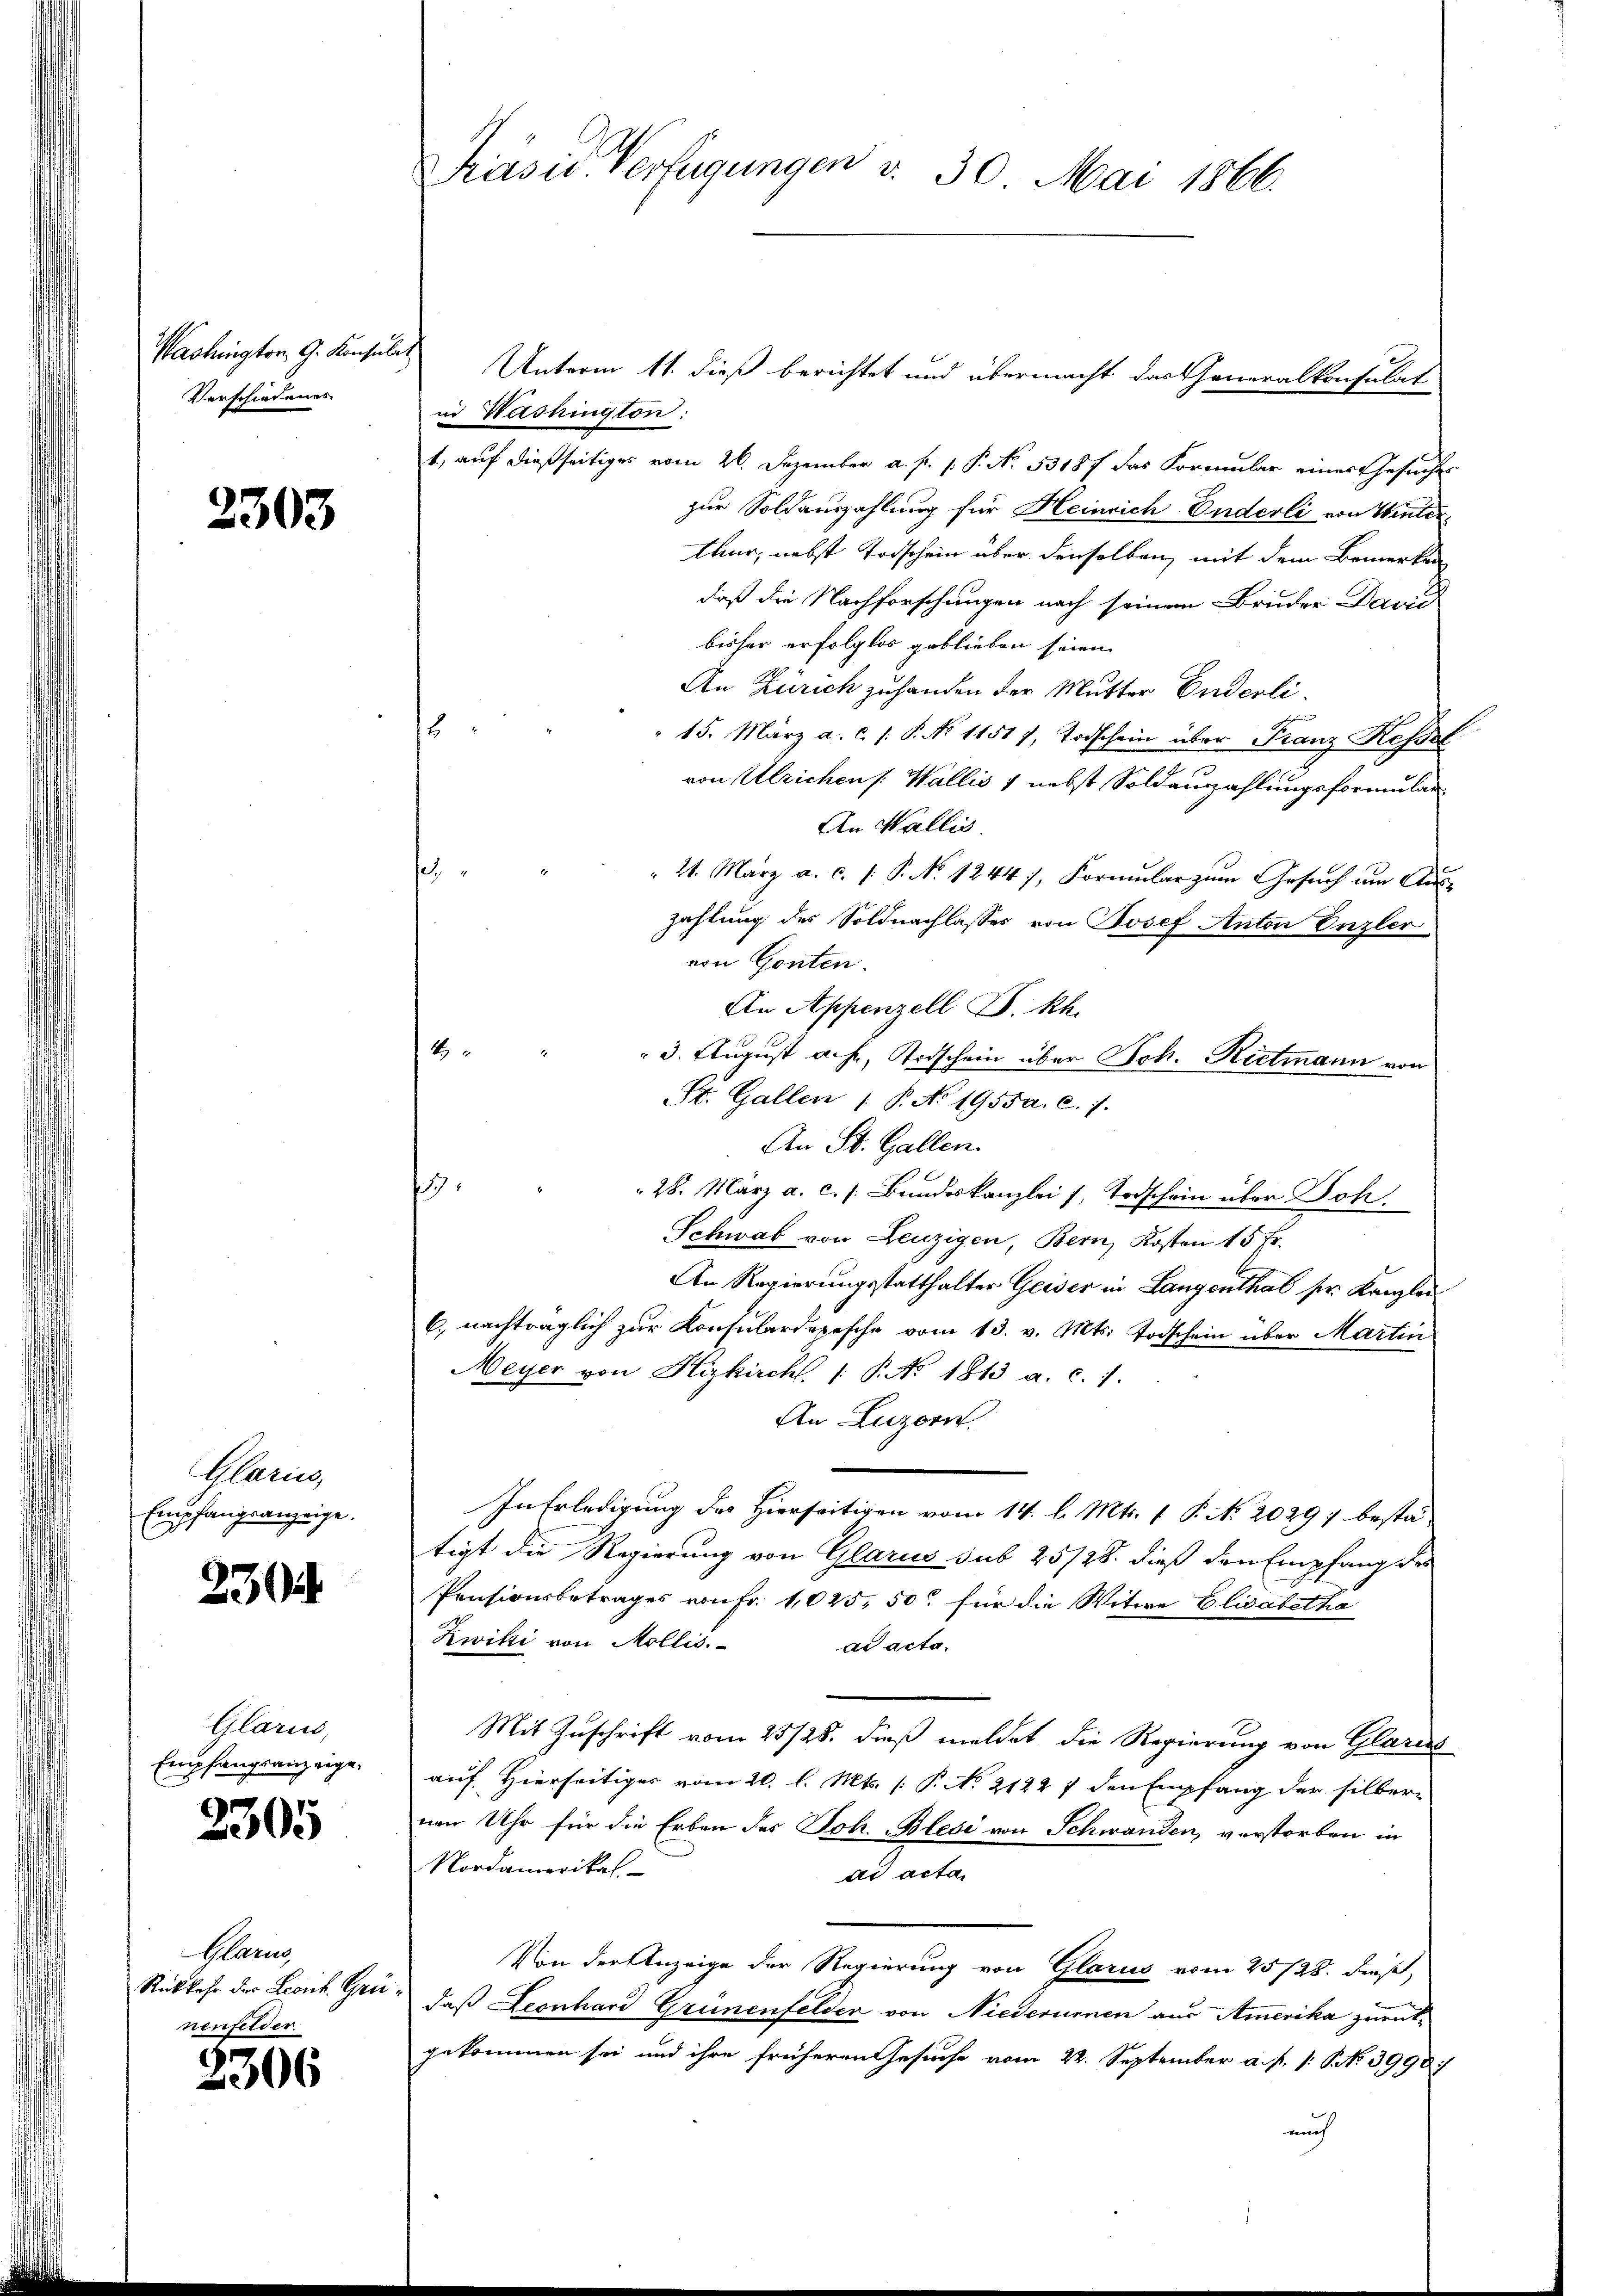
Washington, G. Konsulat
Verschiedenes

3303

Mann,
Empfangsanzeige.

230

s
Glarus,
fangsanzeige,
h

2305

Harn
Rückkehr der Leonh. Gri
nenfelder.

2306

Präsid-Verfügungen v. 30. Mai 1866.

Unterm 11. dieß berichtet und übermacht das Generalkonsulat
in Washington:
1, auf dießseitiges vom 26. Dezember a. p. 1. P. No. 53187 das Formular einer Gesuches
zur Soldauszahlung für Heinrich Enderli von Winterteur, nebst Todschein über denselben, mit dem Bemerken
daß die Nachforschungen nach seinem Bruder Daue
bisher erfolglos geblieben seien.
An Zürich zuhanden der Mutter Enderli¬
15. März a. c. /: P. No 11517, Todschein über Franz Kessel
von Ulrichens Wallis & nebst Soldauszahlungsformular¬
An Wallis.
sch
21. März a. c. /: P. No 1244), Formular zum Gesuch am Aus-
zahlung des Soldnachlasses von Josef Anton Enzler
von Gonten.
An Appenzell P. Rh.
4
 3. August ach, Todschein über Joh. Rittmann von
St. Gallen /: P. N. 1955a. c. 7.
An St. Gallen.
77.
28. März a. c. s. Bundeskanzlei 1, Todschein über Joh
Schwab von Leuzigen, Bern, Kosten 15 Fr.
An Regierungsstatthalter Geiser in Langenthal sr. Kanzlei
6, nachträglich zur Konsulardepesche vom 13. v. Mts. Todschein über Martin
Meyer von Hizkirchl. P. No 1813 a. c. 1.
An Luzern.
In Erledigung des Hierseitigen vom 14. l. Mts. 1 P. N. 20297 bestätigt die Regierung von Glarus sub 25/28. dieß den Empfang des
Pensionsbetrages von Fr. 1025, 50 für die Witwe Elisabetha
Zwitti von Mollis.
ad acta.
Mit Zuschrift vom 23/28. dieß meldet die Regierung von Glarus
auf Hierseitiger vom 20. l. Mts. P. No. 21227 den Empfang der silbernen Uhr für die Erben des Joh. Blesi von Schwanden, verstorben in
Nordamerikal
ad acta.
Von der Anzeige der Regierung von Glarus vom 25/28. dieß,
daß Leonhard Grünenfelder von Niederumen aus Amerika zurückgekommen sei und ihre früheren Gesuche vom 22. September a. p. s. S. 3998/
auch